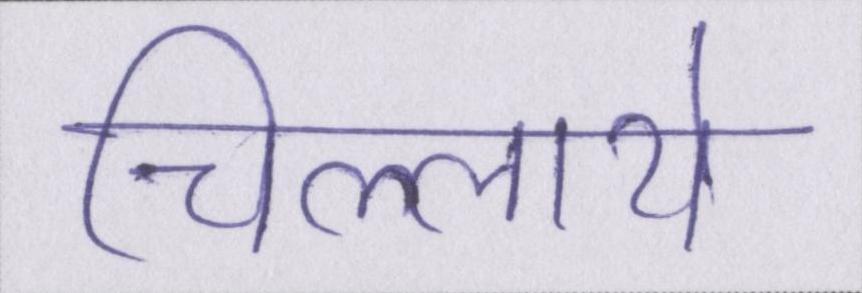
चिल्लाये